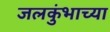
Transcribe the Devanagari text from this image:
जलकुंभाच्या